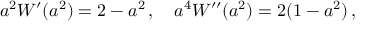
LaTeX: a ^ { 2 } W ^ { \prime } ( a ^ { 2 } ) = 2 - a ^ { 2 } \, , \quad a ^ { 4 } W ^ { \prime \prime } ( a ^ { 2 } ) = 2 ( 1 - a ^ { 2 } ) \, ,